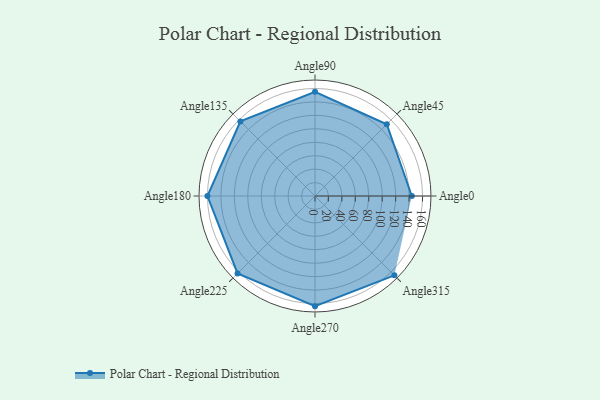
{"axis": {"x": "Angle", "y": "Radius"}, "legend": [""], "data": [{"x": "Angle0", "y": 144.0, "type": ""}, {"x": "Angle45", "y": 151.0, "type": ""}, {"x": "Angle90", "y": 155.0, "type": ""}, {"x": "Angle135", "y": 157.0, "type": ""}, {"x": "Angle180", "y": 160.0, "type": ""}, {"x": "Angle225", "y": 163.0, "type": ""}, {"x": "Angle270", "y": 164.0, "type": ""}, {"x": "Angle315", "y": 167.0, "type": ""}]}